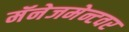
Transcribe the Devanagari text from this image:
मॅनेजमेन्टवर